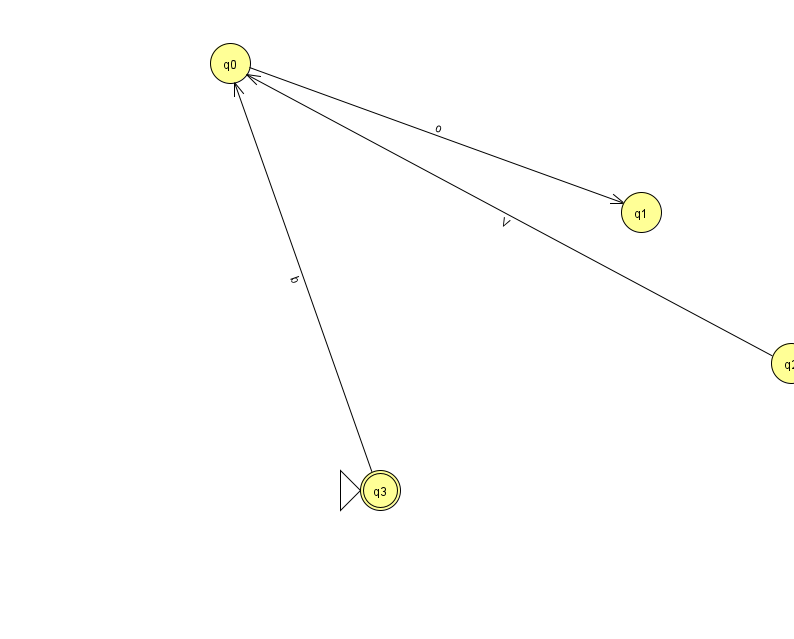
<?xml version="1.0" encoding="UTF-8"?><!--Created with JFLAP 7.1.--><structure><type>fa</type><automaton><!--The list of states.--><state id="0" name="q0"><x>230.0</x><y>50.0</y></state><state id="1" name="q1"><x>641.0</x><y>199.0</y></state><state id="2" name="q2"><x>791.0</x><y>350.0</y></state><state id="3" name="q3"><x>380.0</x><y>477.0</y><initial/><final/></state><!--The list of transitions.--><transition><from>2</from><to>0</to><read>V</read></transition><transition><from>3</from><to>0</to><read>b</read></transition><transition><from>0</from><to>1</to><read>o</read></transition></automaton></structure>